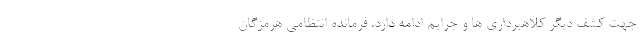
جهت کشف دیگر کلاهبرداری ها و جرایم ادامه دارد. فرمانده انتظامی هرمزگان